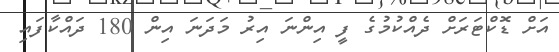
އަށް ޑޮކްޓަރަށް ދެއްކުމުގެ ފީ އިންނަ އިރު މަދަނަ އިން 180 ދައްކާފައި